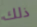
ذلك